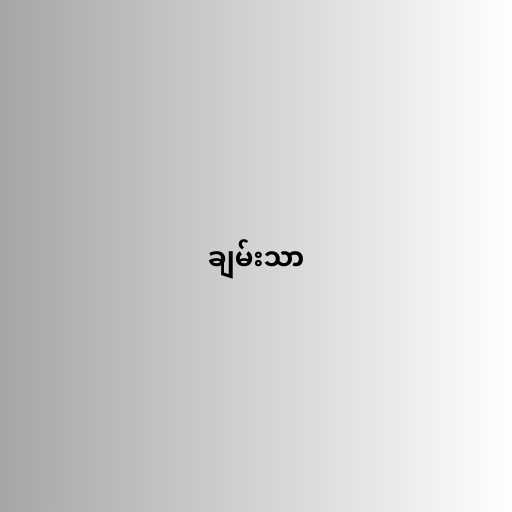
ချမ်းသာ